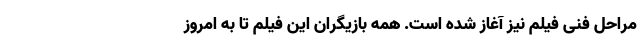
مراحل فنی فیلم نیز آغاز شده است. همه بازیگران این فیلم تا به امروز